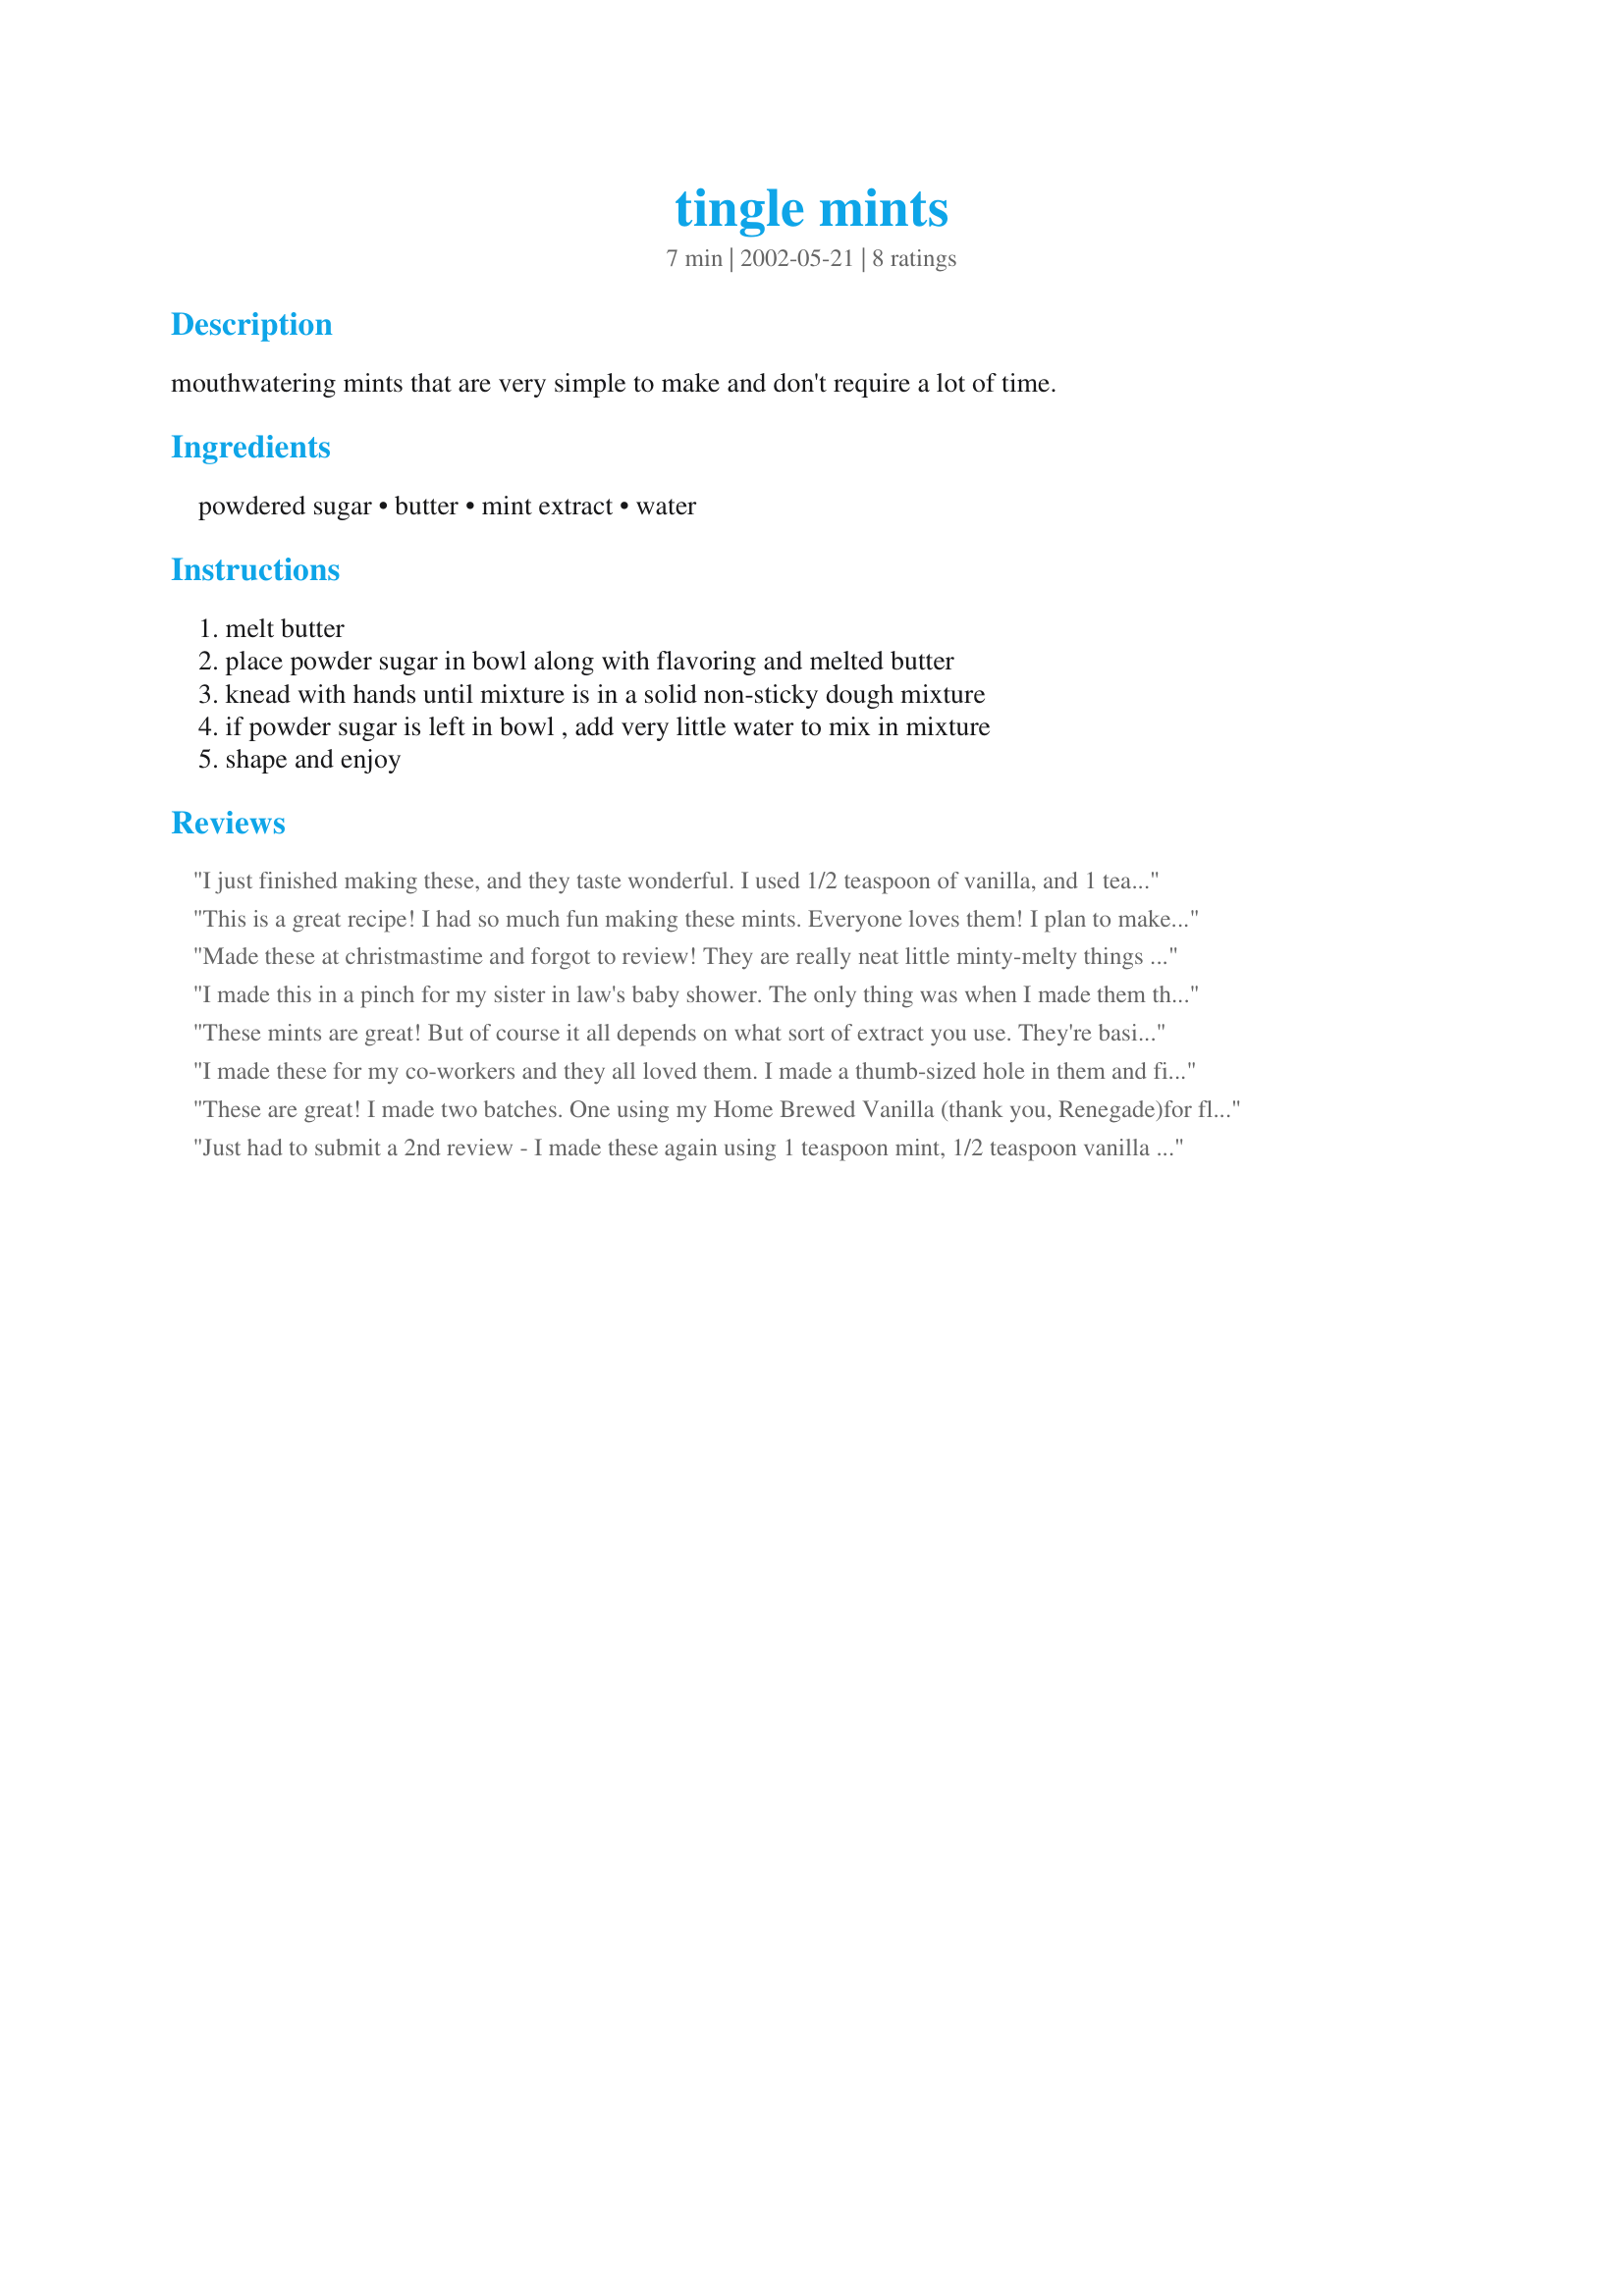
tingle mints
Preparation time: 7 minutes

mouthwatering mints that are very simple to make and don't require a lot of time.

Ingredients:
powdered sugar, butter, mint extract, water

Steps:
melt butter, place powder sugar in bowl along with flavoring and melted butter, knead with hands until mixture is in a solid non-sticky dough mixture, if powder sugar is left in bowl , add very little water to mix in mixture, shape and enjoy

Reviews:
I just finished making these, and they taste wonderful. I used 1/2 teaspoon of vanilla, and 1 teaspoon of mint.
This is a great recipe! I had so much fun making these mints. Everyone loves them! I plan to make mints for years to come. Very easy to make. The thing that took the most time for me was shaping the mints :)
Made these at christmastime and forgot to review! They are really neat little minty-melty things that are so easy to make. They really are just like those buttery dinner mints you see at restaurants sometimes. Terrific!
I made this in a pinch for my sister in law's baby shower. The only thing was when I made them the mint flavor was too much. I had to double the recipe and omit the additional mint to get the flavor we liked. However, they were delicous and a hit. For the last few mints (about 25) I added some chocolate flavoring for mint choc. taste--they were yummy and so simple to make!!!!
These mints are great! But of course it all depends on what sort of extract you use. They're basically butter mints. I melted the butter, then added the extract, then added some of the powdered sugar and some water, and from there treated it like making pie crust (make it into a coarse crumb mixture that is somewhat dry, then press together). Then I put the finished mint in a bowl of powdered sugar to help the outside dry out.
I made these for my co-workers and they all loved them. I made a thumb-sized hole in them and filled it with chocolate and it added a nice touch.
These are great! I made two batches. One using my Home Brewed Vanilla (thank you, Renegade)for flavoring and the other using mint extract and adding a couple of drops of green food coloring. I did find that by adding liquid in very minute amounts and working it in completely gave a much creamier texture, so don't rush the mixing time. I left them out overnight to dry and into the freezer this morning for the holidays.
Just had to submit a 2nd review - I made these again using 1 teaspoon mint, 1/2 teaspoon vanilla and 1/4 - 1/2 teaspoon butter extract, added a few drops red food coloring and used a teeny heart cookie cutter for Valentine's Day - THESE WERE FABULOUS!!!!
